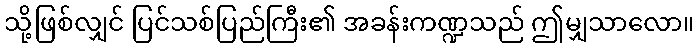
သို့ဖြစ်လျှင် ပြင်သစ်ပြည်ကြီး၏ အခန်းကဏ္ဍသည် ဤမျှသာလော။